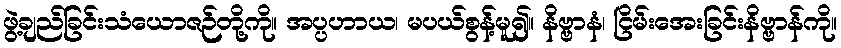
ဖွဲ့ချည်ခြင်းသံယောဇဉ်တို့ကို။ အပ္ပဟာယ၊ မပယ်စွန့်မူ၍။ နိဗ္ဗာနံ၊ ငြိမ်းအေးခြင်းနိဗ္ဗာန်ကို။